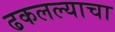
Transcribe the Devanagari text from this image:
ढकलल्याचा